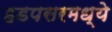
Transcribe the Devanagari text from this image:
हडपसरमध्ये